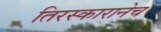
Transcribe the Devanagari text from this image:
तिरस्कारानेच